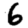
Digit: 6